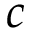
c